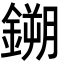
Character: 鎙